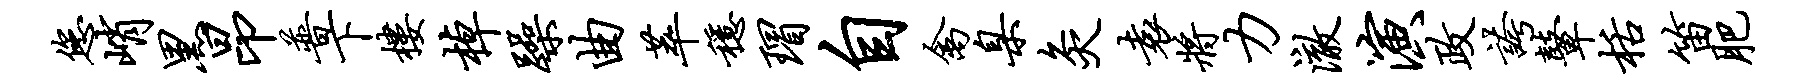
您峭黑昂普下楼棹躁曲萃稳瑁自禽臬灸袁将力澈演政夸鼙栝笛肥